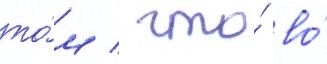
то́м / что́ во́